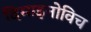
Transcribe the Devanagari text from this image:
दिमाइनोविच